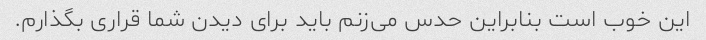
این خوب است بنابراین حدس می‌زنم باید برای دیدن شما قراری بگذارم.